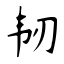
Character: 韧